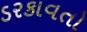
ડરકાવતો